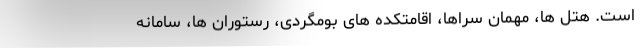
است. هتل ها، مهمان سراها، اقامتکده های بومگردی، رستوران ها، سامانه